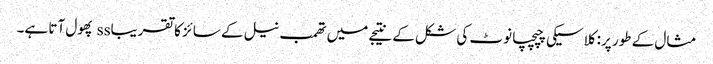
مثال کے طور پر: کلاسیکی چپچپا نوٹ کی شکل کے نتیجے میں تھمب نیل کے سائز کا تقریباss پھول آتا ہے۔